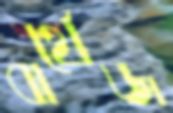
বার্থেজ